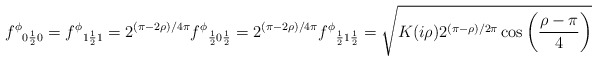
\begin{align*}{f^{\phi }}_{0\frac{1}{2}0}={f^{\phi }}_{1\frac{1}{2}1}=2^{(\pi -2\rho )/4\pi }{f^{\phi }}_{\frac{1}{2}0\frac{1}{2}}=2^{(\pi -2\rho )/4\pi }{f^{\phi }}_{\frac{1}{2}1\frac{1}{2}}=\sqrt{K(i\rho )2^{(\pi -\rho )/2\pi }\cos \left( \frac{\rho -\pi }{4}\right) }\end{align*}